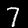
Digit: 7